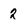
Character: 2